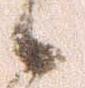
候